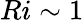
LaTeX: Ri\sim 1